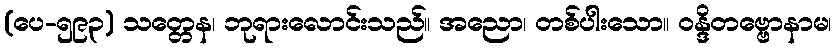
(ပေ-၅၉၃) သတ္တေန၊ ဘုရားလောင်းသည်။ အညော၊ တစ်ပါးသော။ ဝန္ဒိတဗ္ဗောနာမ၊